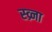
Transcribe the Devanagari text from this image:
स्व्र्ना